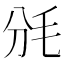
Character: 𣬩